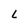
Character: L